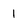
Character: 1